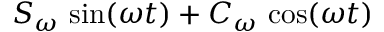
S _ { \omega } \, \sin ( \omega t ) + C _ { \omega } \, \cos ( \omega t )